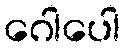
ဂေါပေါ